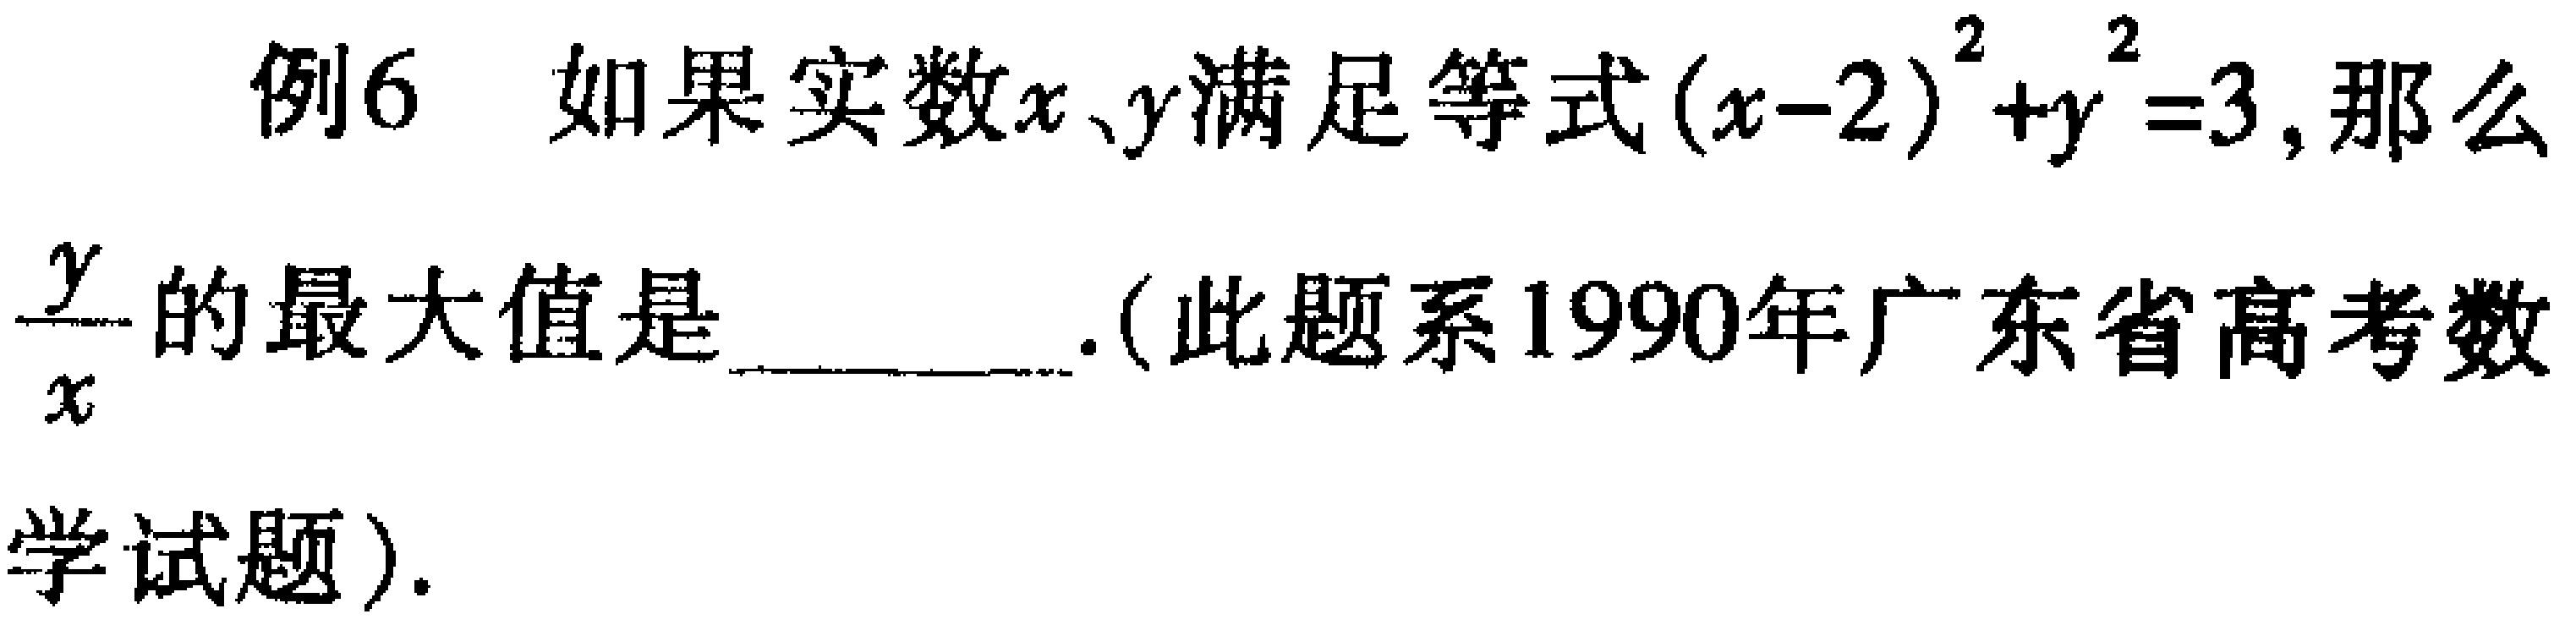
例6 如果实数\(x、y\)满足等式\((x - 2)^2 + y^2 = 3\)，那么\(\frac{y}{x}\)的最大值是______.(此题系1990年广东省高考数学试题).